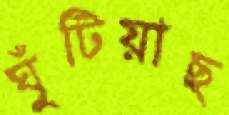
ঘুঁটিয়াছ